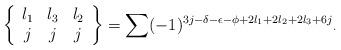
LaTeX: \begin{align*}\left\{\begin{array}[c]{ccc}l_{1} & l_{3} & l_{2}\\j & j & j\end{array}\right\} =\sum(-1)^{3j-\delta-\epsilon-\phi+2l_{1}+2l_{2}+2l_{3}+6j}{}_{\cdot} \end{align*}